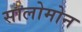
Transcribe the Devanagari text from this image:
सालोमोन